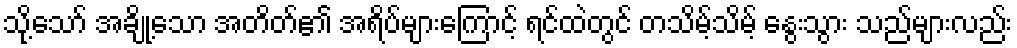
သို့သော် အချို့သော အတိတ်၏ အရိပ်များကြောင့် ရင်ထဲတွင် တသိမ့်သိမ့် နွေးသွား သည်များလည်း